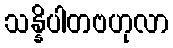
သန္နိပါတဗဟုလာ